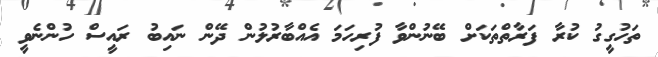
ތަހުގީގު ކުރާ ފަރާތްތަކަށް ބޭނުންވާ ފުރިހަމަ އެއްބާރުލުން ދޭން ނައިބު ރައީސް ހުންނެވީ